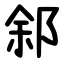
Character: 䣄